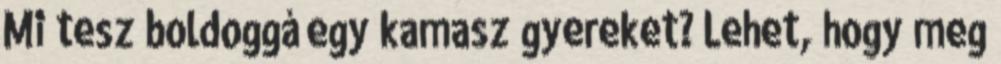
Mi tesz boldoggá egy kamasz gyereket? Lehet, hogy meg